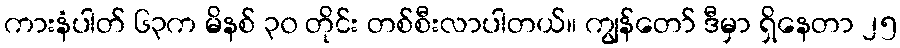
ကားနံပါတ် ၆၃က မိနစ် ၃၀ တိုင်း တစ်စီးလာပါတယ်။ ကျွန်တော် ဒီမှာ ရှိနေတာ ၂၅